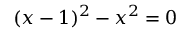
( x - 1 ) ^ { 2 } - x ^ { 2 } = 0